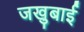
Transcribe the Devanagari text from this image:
जखुबाई